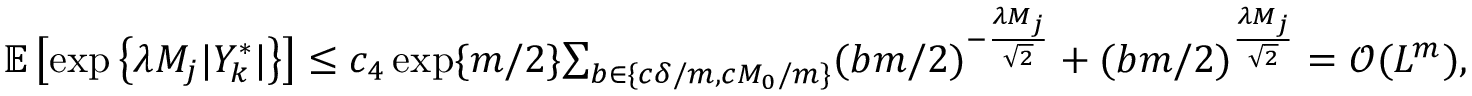
\begin{array} { r } { \mathbb { E } \left[ \exp \left\{ \lambda M _ { j } | Y _ { k } ^ { * } | \right\} \right] \leq c _ { 4 } \exp \{ m / 2 \} { \sum _ { b \in \{ c \delta / m , c M _ { 0 } / m \} } } ( b m / 2 ) ^ { - \frac { \lambda M _ { j } } { \sqrt { 2 } } } + ( b m / 2 ) ^ { \frac { \lambda M _ { j } } { \sqrt { 2 } } } = \mathcal { O } ( L ^ { m } ) , } \end{array}